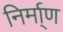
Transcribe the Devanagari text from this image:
निर्मा्ण